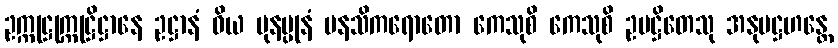
ဥက္ကုဋ္ဌုက္ကုဋ္ဌိဋ္ဌာနေ ဥဋ္ဌာနံ ဝိယ ပုနပ္ပုနံ မနသိကရောတော ကေသုစိ ကေသုစိ ဥပဋ္ဌိတေသု အနုပဋ္ဌဟန္တေ